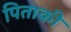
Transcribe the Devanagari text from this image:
पिताकी